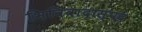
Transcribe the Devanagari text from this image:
भिविवादास्पद